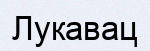
Лукавац